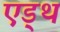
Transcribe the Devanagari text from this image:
एड्थ